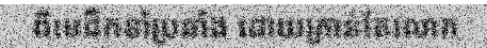
ពីមេដឹកនាំប្រឆាំង ដោយគ្រាន់តែលោក